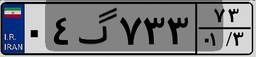
۰۴گ۷۳۳۷۳